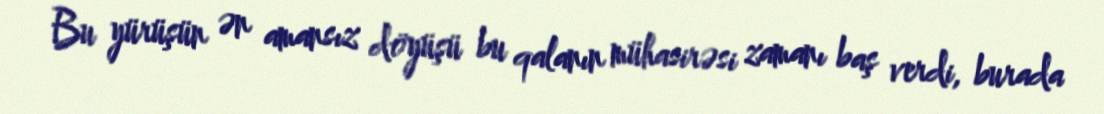
Bu yürüşün ən amansız döyüşü bu qalanın mühasirəsi zamanı baş verdi, burada